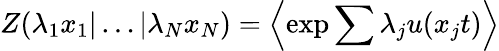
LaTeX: Z(\lambda_{1}x_{1}|\ldots|\lambda_{N}x_{N})=\left\langle\exp{\sum{\lambda_{j}u(x_{j}t)}}\right\rangle